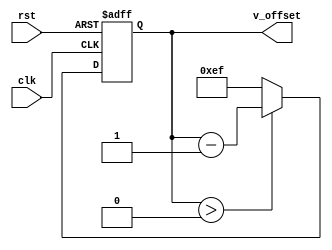
`timescale 1ns / 1ps
//////////////////////////////////////////////////////////////////////////////////
// Company: 
// Engineer: 
// 
// Design Name: 
// Module Name: scroll_down_bg
// Project Name: 
// Target Devices: 
// Tool Versions: 
// Description: 
// 
// Dependencies: 
// 
// Revision:
// Revision 0.01 - File Created
// Additional Comments:
// 
//////////////////////////////////////////////////////////////////////////////////


module scroll_down_bg(
	input clk,
	input rst,
	output reg [9:0] v_offset
	);

always @(posedge clk or posedge rst) begin
	if (rst) begin
		v_offset <= 239;
	end
	else if (v_offset > 0)  begin
		v_offset <= v_offset - 1;
	end
	else begin
		v_offset <= 239;
	end
end
endmodule